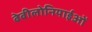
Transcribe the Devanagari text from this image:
बेबीलोनियाईओं